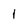
Character: 1